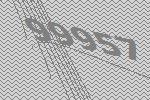
99957